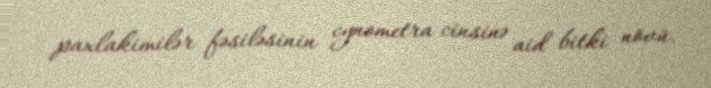
paxlakimilər fəsiləsinin cynometra cinsinə aid bitki növü.